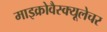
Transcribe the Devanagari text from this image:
माइक्रोवैस्क्यूलेचर